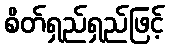
စိတ်ရှည်ရှည်ဖြင့်